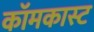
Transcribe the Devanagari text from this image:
कॉमकास्‍ट